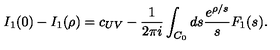
I _ { 1 } ( 0 ) - I _ { 1 } ( \rho ) = c _ { U V } - \frac { 1 } { 2 \pi i } \int _ { C _ { 0 } } d s \frac { e ^ { \rho / s } } { s } F _ { 1 } ( s ^ { } ) .